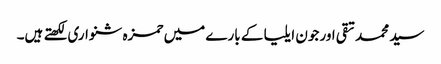
سید محمد تقی اور جون ایلیا کے بارے میں حمزہ شنواری لکھتے ہیں۔